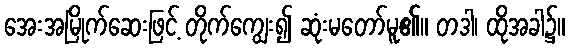
အေးအမြိုက်ဆေးဖြင့် တိုက်ကျွေး၍ ဆုံးမတော်မူ၏။ တဒါ၊ ထိုအခါ၌။